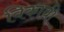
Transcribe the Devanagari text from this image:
विकावी